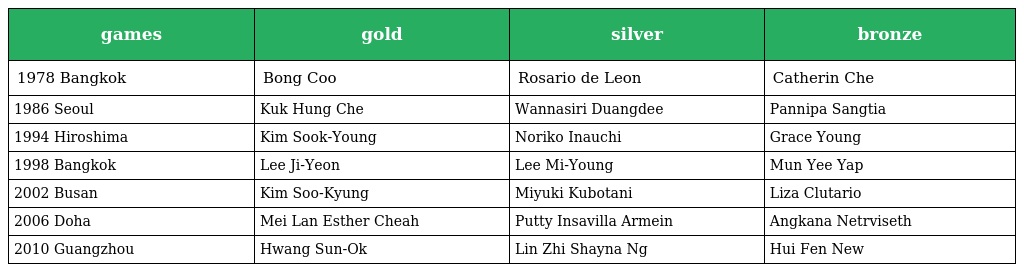
| games | gold | silver | bronze |
 | --- | --- | --- | --- |
 | 1978 Bangkok | Bong Coo | Rosario de Leon | Catherin Che |
 | 1986 Seoul | Kuk Hung Che | Wannasiri Duangdee | Pannipa Sangtia |
 | 1994 Hiroshima | Kim Sook-Young | Noriko Inauchi | Grace Young |
 | 1998 Bangkok | Lee Ji-Yeon | Lee Mi-Young | Mun Yee Yap |
 | 2002 Busan | Kim Soo-Kyung | Miyuki Kubotani | Liza Clutario |
 | 2006 Doha | Mei Lan Esther Cheah | Putty Insavilla Armein | Angkana Netrviseth |
 | 2010 Guangzhou | Hwang Sun-Ok | Lin Zhi Shayna Ng | Hui Fen New |